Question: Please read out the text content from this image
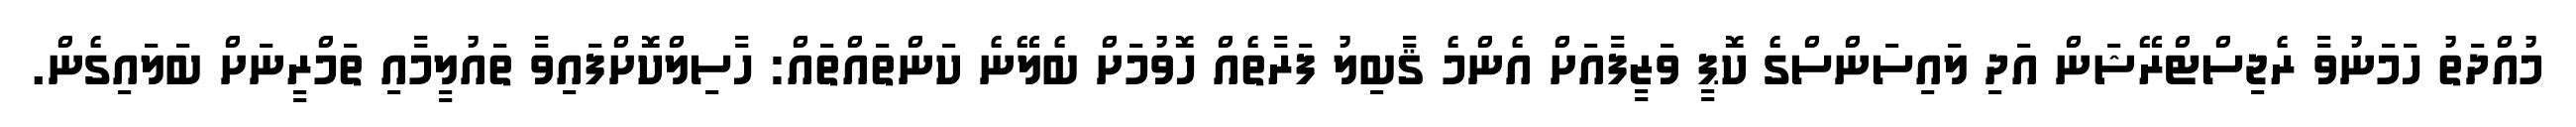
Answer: މުއްދަތު ހަމަނުވާ ރެޖިސްޓްރޭޝަން އަދި ލައިސަންސްގެ ކޮޕީ ވަޒީފާއަށް އެންމެ ޤާބިލު ފަރާތެއް ހޮވުމަށް ބެލޭނެ ކަންތައްތައް: ހާސިލްކޮށްފައިވާ ތައުލީމާއި ތަމްރީނަށް ބަލައިގެން.